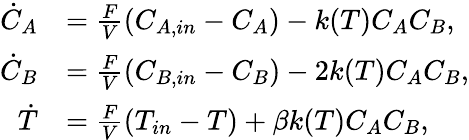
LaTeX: \begin{array}{rl}{\dot{C}_{A}}&{=\frac{F}{V}(C_{A,in}-C_{A})-k(T)C_{A}C_{B},}\\ {\dot{C}_{B}}&{=\frac{F}{V}(C_{B,in}-C_{B})-2k(T)C_{A}C_{B},}\\ {\dot{T}}&{=\frac{F}{V}(T_{in}-T)+\beta k(T)C_{A}C_{B},}\end{array}